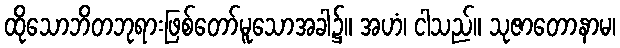
ထိုသောဘိတဘုရားဖြစ်တော်မူသောအခါ၌။ အဟံ၊ ငါသည်။ သုဇာတောနာမ၊